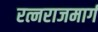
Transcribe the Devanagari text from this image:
रत्नराजमार्ग